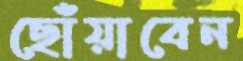
ছোঁয়াবেন